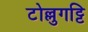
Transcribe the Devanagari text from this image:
टोल्लुगट्टि